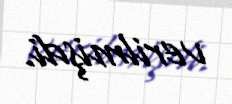
verilmişdi.